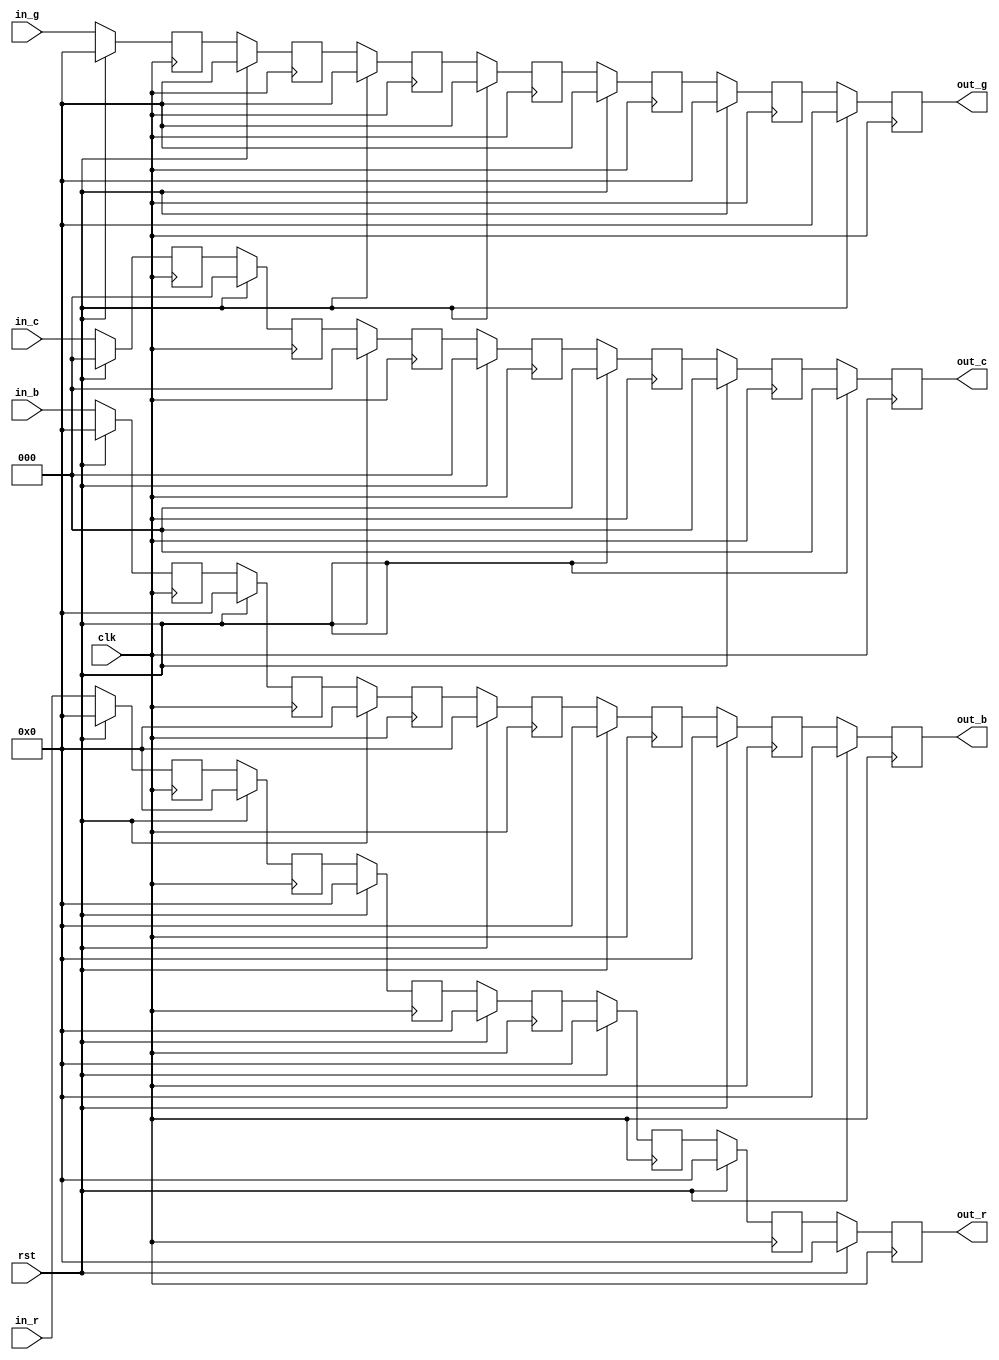
module delay_line(
input            clk,
input            rst,
input      [7:0] in_r,
input      [7:0] in_g,
input      [7:0] in_b,
input      [2:0] in_c,
output reg [7:0] out_r,
output reg [7:0] out_g,
output reg [7:0] out_b,
output reg [2:0] out_c
);

reg [7:0] in_r_p1;
reg [7:0] in_r_p2;
reg [7:0] in_r_p3;
reg [7:0] in_r_p4;
reg [7:0] in_r_p5;
reg [7:0] in_r_p6;

reg [7:0] in_g_p1;
reg [7:0] in_g_p2;
reg [7:0] in_g_p3;
reg [7:0] in_g_p4;
reg [7:0] in_g_p5;
reg [7:0] in_g_p6;

reg [7:0] in_b_p1;
reg [7:0] in_b_p2;
reg [7:0] in_b_p3;
reg [7:0] in_b_p4;
reg [7:0] in_b_p5;
reg [7:0] in_b_p6;

reg [2:0] in_c_p1;
reg [2:0] in_c_p2;
reg [2:0] in_c_p3;
reg [2:0] in_c_p4;
reg [2:0] in_c_p5;
reg [2:0] in_c_p6;

//Generate delays to match with the latency required for YUV generation.
always @(posedge clk)
begin
    if(rst) begin
        in_r_p1 <=8'd0;
        in_r_p2 <= 8'd0;
        in_r_p3 <= 8'd0;
		  in_r_p4 <=8'd0;
        in_r_p5 <= 8'd0;
        in_r_p6 <= 8'd0;
		  in_g_p1 <=8'd0;
        in_g_p2 <= 8'd0;
        in_g_p3 <= 8'd0;
		  in_g_p4 <=8'd0;
        in_g_p5 <= 8'd0;
        in_g_p6 <= 8'd0;
		  in_b_p1 <=8'd0;
        in_b_p2 <= 8'd0;
        in_b_p3 <= 8'd0;
		  in_b_p4 <=8'd0;
        in_b_p5 <= 8'd0;
        in_b_p6 <= 8'd0;
		  in_c_p1 <=3'd0;
        in_c_p2 <= 3'd0;
        in_c_p3 <= 3'd0;
		  in_c_p4 <= 3'd0;
        in_c_p5 <= 3'd0;
        in_c_p6 <= 3'd0;
        out_r <= 8'd0;
		  out_g <= 8'd0;
	     out_b <= 8'd0;
		  out_c <= 3'd0;
		  
    end else begin
        in_r_p1 <= in_r;
        in_r_p2 <= in_r_p1;
        in_r_p3 <= in_r_p2;
		  in_r_p4 <= in_r_p3;
        in_r_p5 <= in_r_p4;
		  in_r_p6 <= in_r_p5;
	     out_r   <= in_r_p6;
		  
		   in_g_p1 <= in_g;
        in_g_p2 <= in_g_p1;
        in_g_p3 <= in_g_p2;
		  in_g_p4 <= in_g_p3;
        in_g_p5 <= in_g_p4;
		  in_g_p6 <= in_g_p5;
	     out_g   <= in_g_p6;
		  
		   in_b_p1 <= in_b;
        in_b_p2 <= in_b_p1;
        in_b_p3 <= in_b_p2;
		  in_b_p4 <= in_b_p3;
        in_b_p5 <= in_b_p4;
		  in_b_p6 <= in_b_p5;
	     out_b   <= in_b_p6;
		  
		  in_c_p1 <= in_c;
        in_c_p2 <= in_c_p1;
        in_c_p3 <= in_c_p2;
		  in_c_p4 <= in_c_p3;
        in_c_p5 <= in_c_p4;
		  in_c_p6 <= in_c_p5;
	     out_c   <= in_c_p6;
		  
		  
    end
end



endmodule